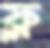
ফ্ল